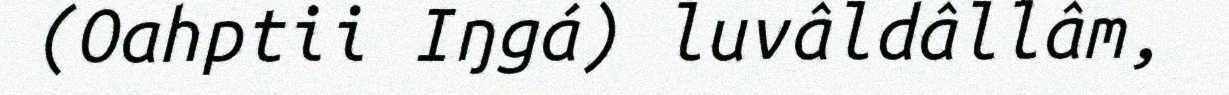
(Oahptii Iŋgá) luvâldâllâm,